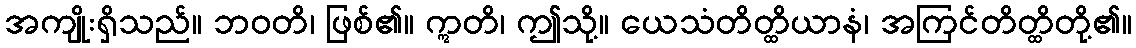
အကျိုးရှိသည်။ ဘဝတိ၊ ဖြစ်၏။ ဣတိ၊ ဤသို့။ ယေသံတိတ္ထိယာနံ၊ အကြင်တိတ္ထိတို့၏။